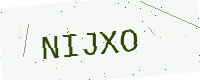
Text: NIJXO